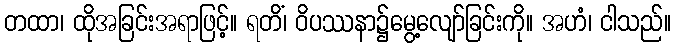
တထာ၊ ထိုအခြင်းအရာဖြင့်။ ရတိံ၊ ဝိပဿနာ၌မွေ့လျော်ခြင်းကို။ အဟံ၊ ငါသည်။